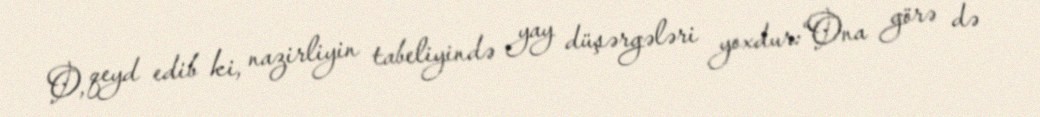
O, qeyd edib ki, nazirliyin tabeliyində yay düşərgələri yoxdur:“Ona görə də